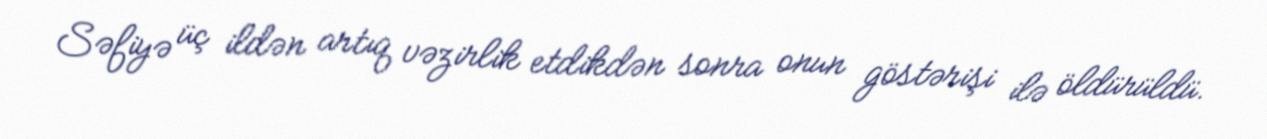
Səfiyə üç ildən artıq vəzirlik etdikdən sonra onun göstərişi ilə öldürüldü.